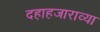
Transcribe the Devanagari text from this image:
दहाहजाराव्या